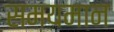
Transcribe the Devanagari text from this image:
समयमान